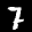
Label: 7